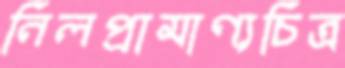
নিলপ্রামাণ্যচিত্র